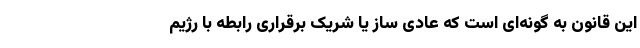
این قانون به گونه‌ای است که عادی ساز یا شریک برقراری رابطه با رژیم